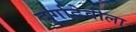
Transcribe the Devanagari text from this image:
दुर्गादेवीला